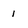
Character: 1